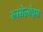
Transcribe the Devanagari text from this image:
रुस्सेल्शेइम